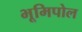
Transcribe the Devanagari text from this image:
भूमिपोल